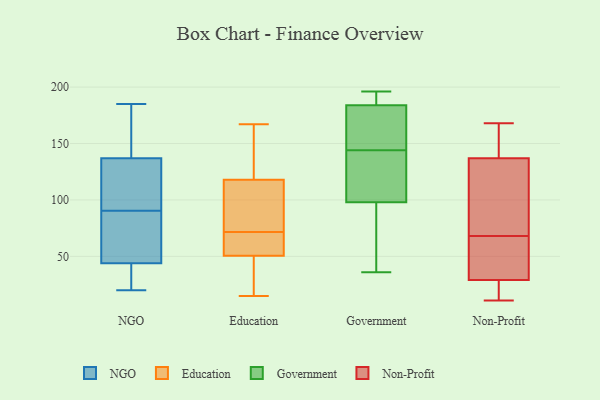
{"axis": {"x": "Backlog", "y": "Value"}, "legend": ["Education", "Government", "NGO", "Non-Profit"], "data": [{"x": "", "y": 36, "type": "NGO"}, {"x": "", "y": 95, "type": "NGO"}, {"x": "", "y": 45, "type": "NGO"}, {"x": "", "y": 30, "type": "NGO"}, {"x": "", "y": 44, "type": "NGO"}, {"x": "", "y": 51, "type": "NGO"}, {"x": "", "y": 94, "type": "NGO"}, {"x": "", "y": 87, "type": "NGO"}, {"x": "", "y": 137, "type": "NGO"}, {"x": "", "y": 158, "type": "NGO"}, {"x": "", "y": 184, "type": "NGO"}, {"x": "", "y": 103, "type": "NGO"}, {"x": "", "y": 20, "type": "NGO"}, {"x": "", "y": 73, "type": "NGO"}, {"x": "", "y": 166, "type": "NGO"}, {"x": "", "y": 133, "type": "NGO"}, {"x": "", "y": 36, "type": "NGO"}, {"x": "", "y": 185, "type": "NGO"}, {"x": "", "y": 149, "type": "Education"}, {"x": "", "y": 61, "type": "Education"}, {"x": "", "y": 124, "type": "Education"}, {"x": "", "y": 84, "type": "Education"}, {"x": "", "y": 84, "type": "Education"}, {"x": "", "y": 40, "type": "Education"}, {"x": "", "y": 15, "type": "Education"}, {"x": "", "y": 55, "type": "Education"}, {"x": "", "y": 31, "type": "Education"}, {"x": "", "y": 61, "type": "Education"}, {"x": "", "y": 51, "type": "Education"}, {"x": "", "y": 167, "type": "Education"}, {"x": "", "y": 112, "type": "Education"}, {"x": "", "y": 50, "type": "Education"}, {"x": "", "y": 167, "type": "Education"}, {"x": "", "y": 82, "type": "Education"}, {"x": "", "y": 137, "type": "Government"}, {"x": "", "y": 62, "type": "Government"}, {"x": "", "y": 196, "type": "Government"}, {"x": "", "y": 36, "type": "Government"}, {"x": "", "y": 112, "type": "Government"}, {"x": "", "y": 187, "type": "Government"}, {"x": "", "y": 153, "type": "Government"}, {"x": "", "y": 87, "type": "Government"}, {"x": "", "y": 181, "type": "Government"}, {"x": "", "y": 151, "type": "Government"}, {"x": "", "y": 109, "type": "Government"}, {"x": "", "y": 187, "type": "Government"}, {"x": "", "y": 39, "type": "Non-Profit"}, {"x": "", "y": 168, "type": "Non-Profit"}, {"x": "", "y": 137, "type": "Non-Profit"}, {"x": "", "y": 160, "type": "Non-Profit"}, {"x": "", "y": 49, "type": "Non-Profit"}, {"x": "", "y": 22, "type": "Non-Profit"}, {"x": "", "y": 11, "type": "Non-Profit"}, {"x": "", "y": 29, "type": "Non-Profit"}, {"x": "", "y": 129, "type": "Non-Profit"}, {"x": "", "y": 87, "type": "Non-Profit"}]}